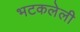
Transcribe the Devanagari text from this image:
भटकलेली